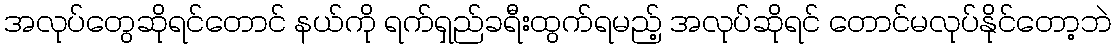
အလုပ်တွေဆိုရင်တောင် နယ်ကို ရက်ရှည်ခရီးထွက်ရမည့် အလုပ်ဆိုရင် တောင်မလုပ်နိုင်တော့ဘဲ